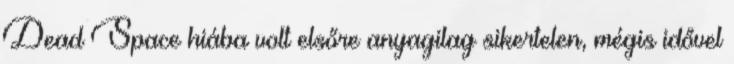
Dead Space hiába volt elsőre anyagilag sikertelen, mégis idővel